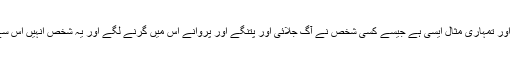
حدیث: میری اور تمہاری مثال ایسی ہے جیسے کسی شخص نے آگ جلائی اور پتنگے اور پروانے اس میں گرنے لگے اور یہ شخص انہیں اس سے ہٹا رہا ہے۔